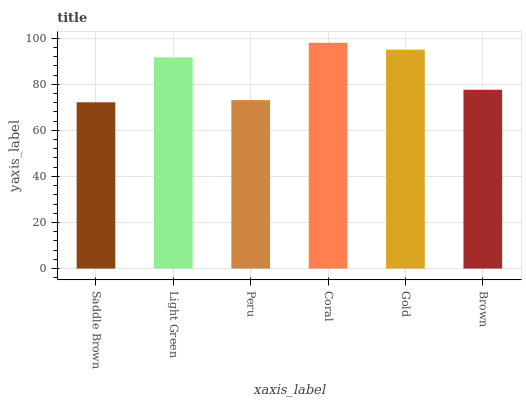
| xaxis_label | bars |
 | --- | --- |
 | Saddle Brown | 72.2 |
 | Light Green | 91.7 |
 | Peru | 73.1 |
 | Coral | 98 |
 | Gold | 95 |
 | Brown | 77.6 |